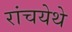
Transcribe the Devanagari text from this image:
रांचयेथे